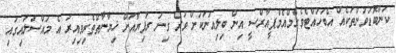
ކަންބޮޑުވުންތަކެއް އެބަހުއްޓެވެ.އެމްއެމްޕީއާރްސީ އިން ބިލިއަނަކަށް ވުރެ ގިނަ ރުފިޔާއަށް ޚިޔާނާތްތެރިވިއިރު އެ މައްސަލައިގައި